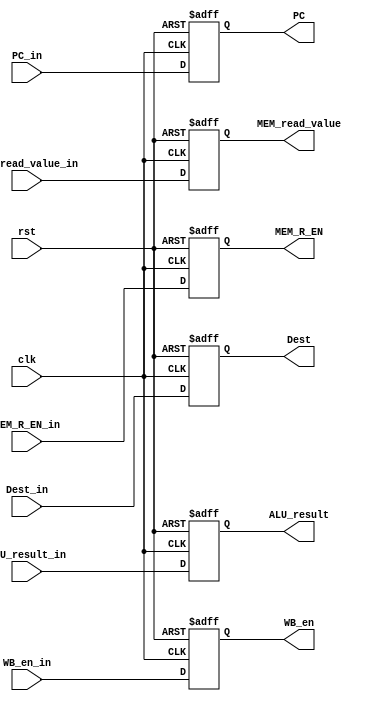
module MEM_Stage_reg(
    input clk,
    input rst,

    input WB_en_in,
    input MEM_R_EN_in,
    input [31:0] ALU_result_in,
    input [31:0] MEM_read_value_in,
    input [4:0] Dest_in,
    input [31:0] PC_in,
    
    output reg WB_en,
    output reg MEM_R_EN,
    output reg [31:0] ALU_result,
    output reg [31:0] MEM_read_value,
    output reg [4:0] Dest,
    output reg [31:0] PC
);
    always @(posedge clk, posedge rst) begin
        if(rst) begin
            WB_en <= 0;
            MEM_R_EN <= 0;
            ALU_result <= 0;
            MEM_read_value <= 0;
            Dest <= 0;
            PC <= 0;
        end
        else begin
            WB_en <= WB_en_in;
            MEM_R_EN <= MEM_R_EN_in;
            ALU_result <= ALU_result_in;
            MEM_read_value <= MEM_read_value_in;
            Dest <= Dest_in;
            PC <= PC_in;
        end
    end
endmodule